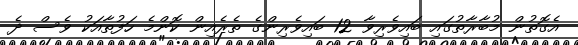
އެގޮތުން މުބާރާތުގައި ބައިވެރިވާ 12 ބައިވެރިންގެ ތެރެއިން ކޮންމެ ހަފުތާއަކު ވެސް ދެ